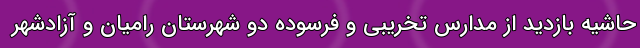
حاشیه بازدید از مدارس تخریبی و فرسوده دو شهرستان رامیان و آزادشهر